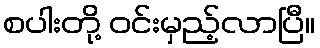
စပါးတို့ ဝင်းမှည့်လာပြီ။